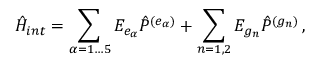
{ \hat { H } } _ { i n t } = \sum _ { \alpha = 1 \dots 5 } { \cal E } _ { e _ { \alpha } } { \hat { P } } ^ { ( e _ { \alpha } ) } + \sum _ { n = 1 , 2 } { \cal E } _ { g _ { n } } { \hat { P } } ^ { ( g _ { n } ) } \, ,